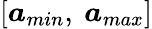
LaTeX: [\boldsymbol{a}_{min},\ \boldsymbol{a}_{max}]